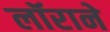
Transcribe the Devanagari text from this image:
लॉराने